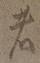
者